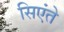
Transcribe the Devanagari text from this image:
सिएंते